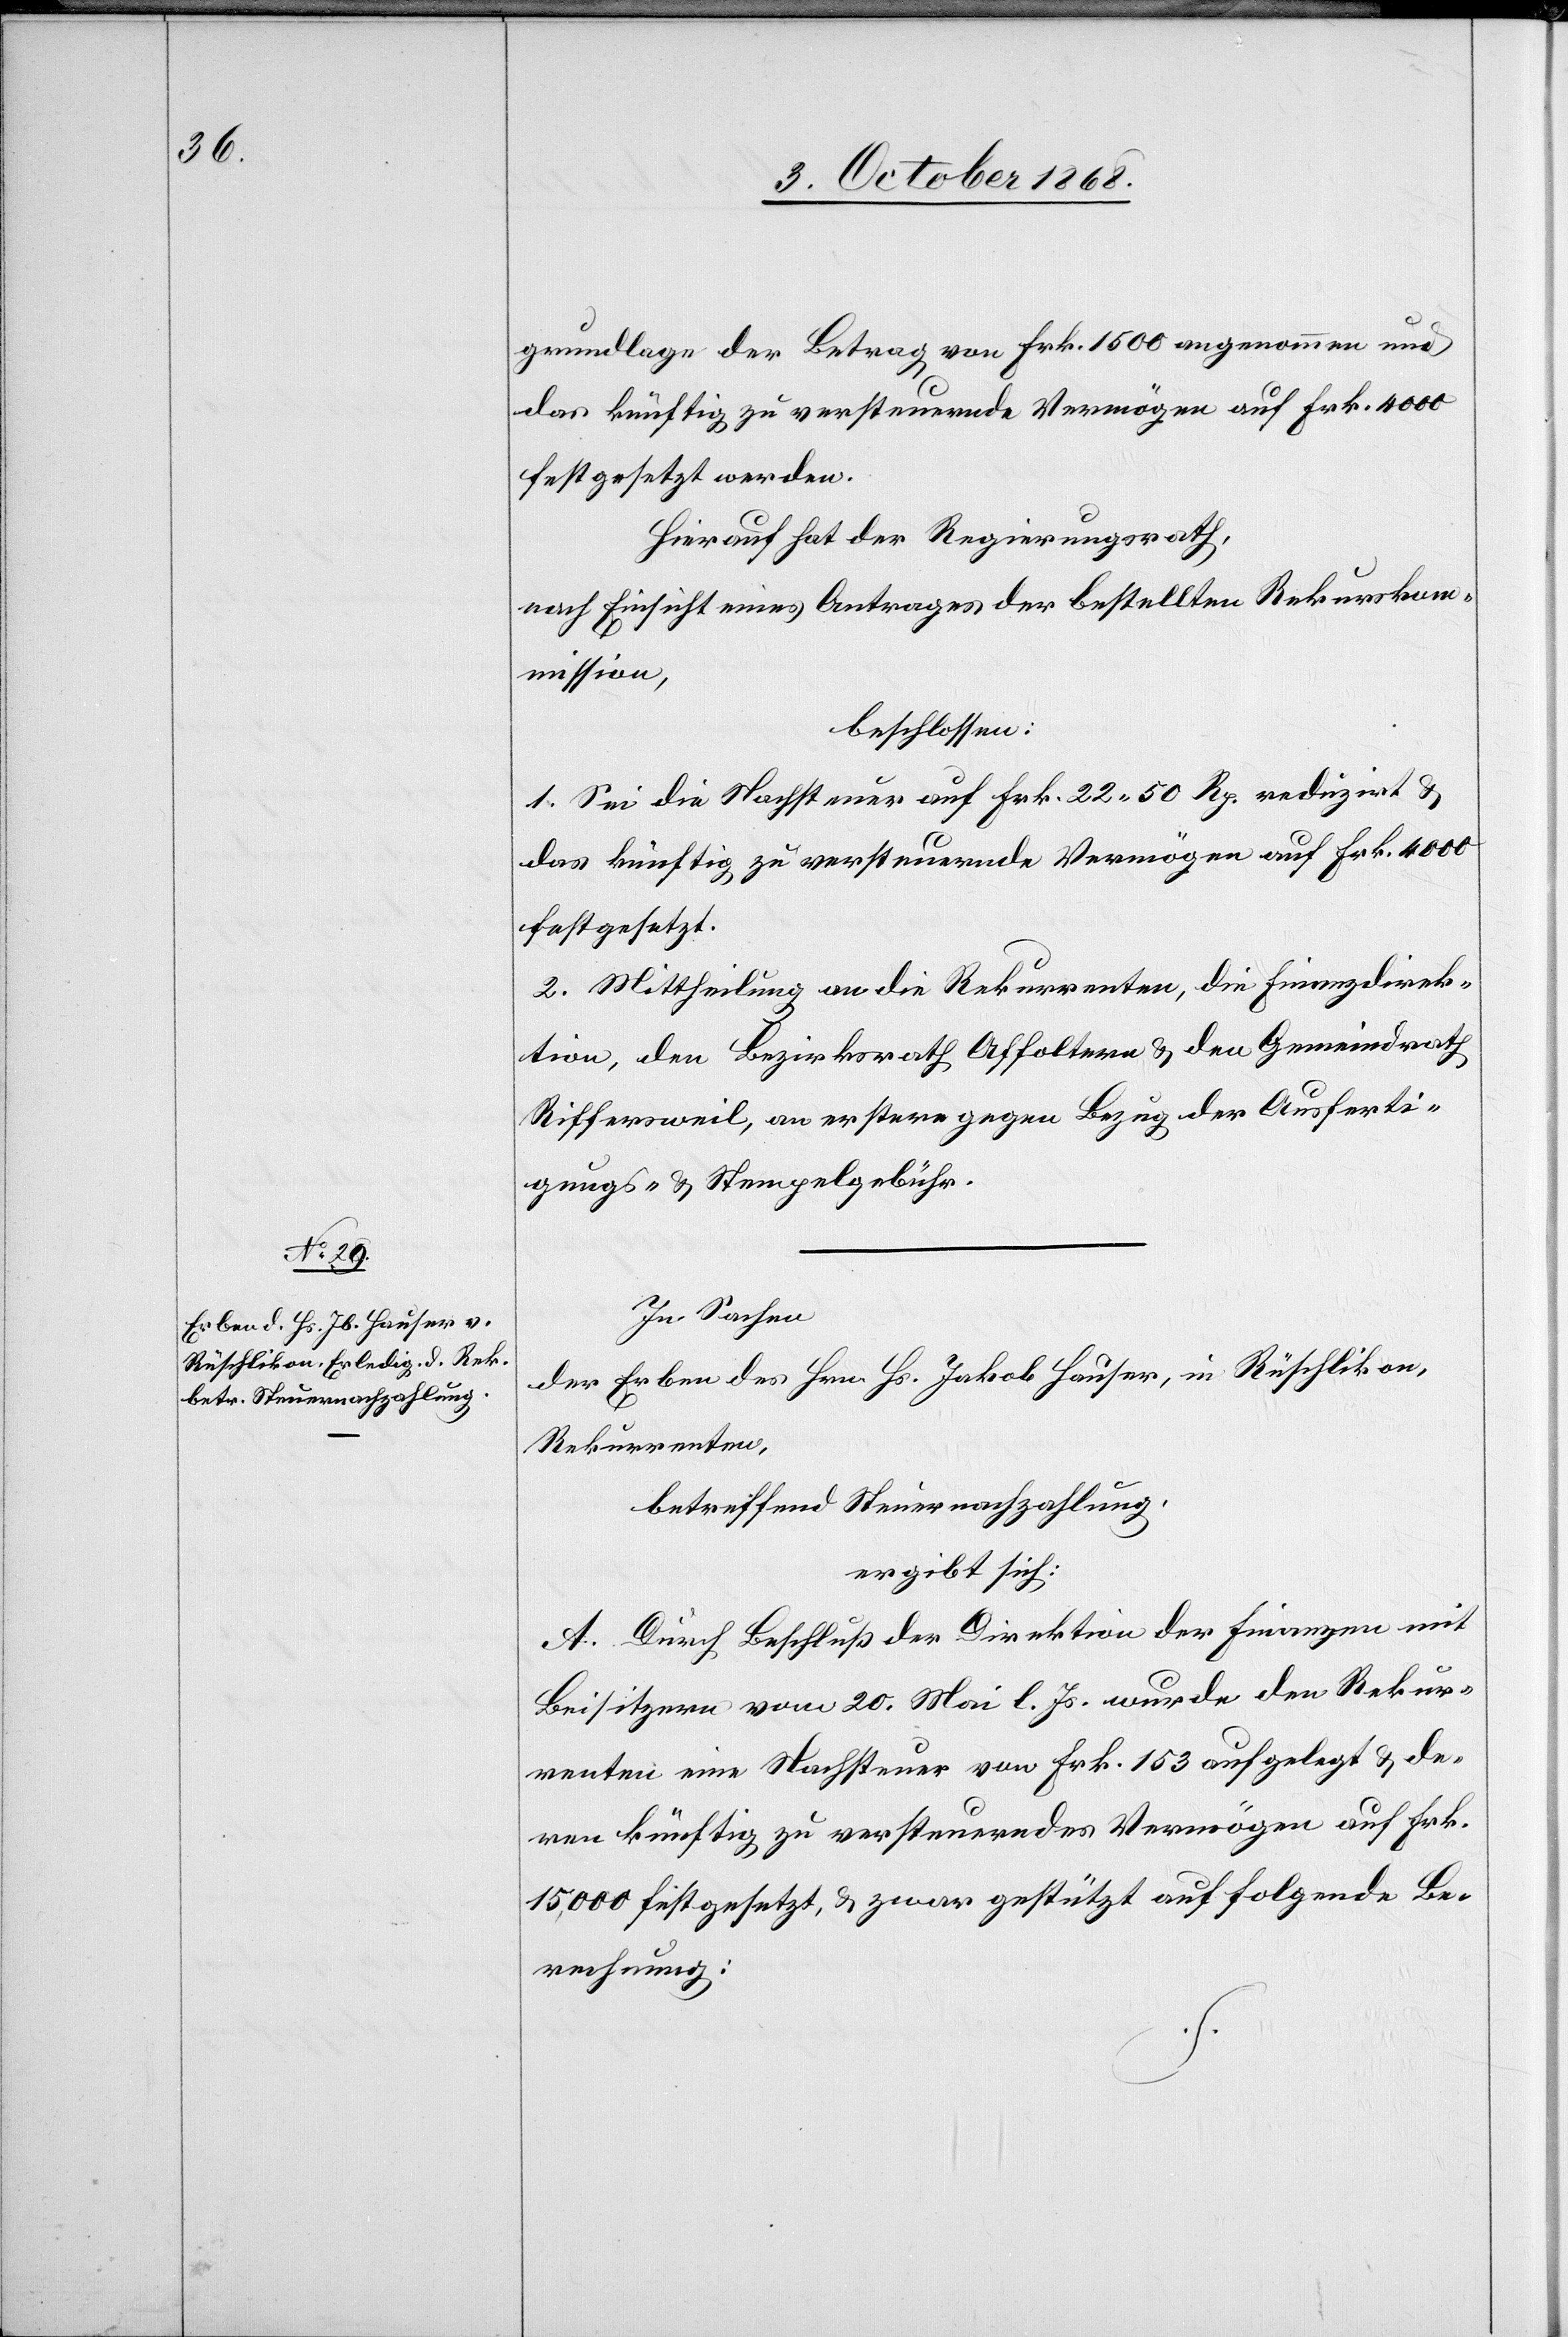
grundlage der Betrag von Frk. 1500 angenommen und
das künftig zu versteuernde Vermögen auf Frk. 4000
festgesetzt werden.
Hierauf hat der Regierungsrath,
nach Einsicht eines Antrages der bestellten Rekurskom¬
mission,
beschlossen:
1. Sei die Nachsteuer auf Frk. 22 50 Rp. reduzirt &
das künftig zu versteuernde Vermögen auf Frk. 4000
festgesetzt.
2. Mittheilung an die Rekurrenten, die Finanzdirek¬
tion, den Bezirksrath Affoltern & den Gemeindrath
Riffersweil, an erstere gegen Bezug der Ausferti¬
gungs- & Stempelgebühr.
In Sachen
der Erben des Hrn. Hs. Jakob Hauser, in Rüschlikon,
Rekurrenten,
betreffend Steuernachzahlung,
ergibt sich:
A. Durch Beschluß der Direktion der Finanzen mit
Beisitzern vom 20. Mai l. Js. wurde den Rekur¬
renten eine Nachsteuer von Frk. 153 aufgelegt & de¬
ren künftig zu versteuerndes Vermögen auf Frk.
15,000 festgesetzt, & zwar gestützt auf folgende Be¬
rechnung: